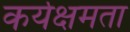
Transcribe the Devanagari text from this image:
कर्यक्षमता